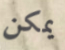
يمكن